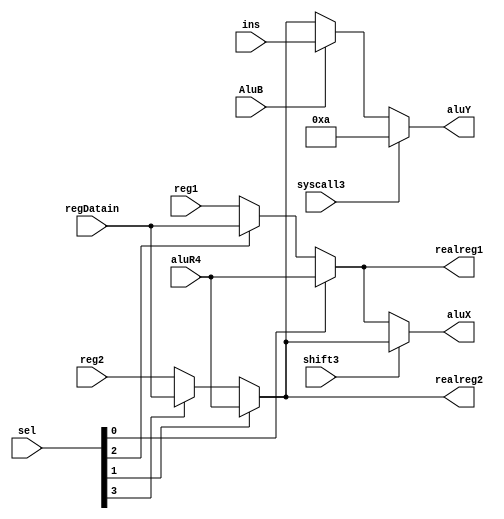
module RegFiletoALU(
   reg1,reg2,ins,syscall3,shift3,AluB,sel,
   regDatain,aluR4,
   aluX,aluY,realreg1,realreg2
   );
   //sel array????
   input [31:0]reg1,reg2,ins,regDatain,aluR4;
   input syscall3,shift3,AluB;
   input [3:0]sel;
   output [31:0]aluX,aluY;
   output [31:0]realreg1,realreg2;
   wire [31:0]reg1_sel,reg2_sel;
   assign reg1_sel = sel[0] ? aluR4 :
      sel[2] ? regDatain : reg1;
   assign reg2_sel = sel[1] ? aluR4 :
      sel[3] ? regDatain : reg2;
   assign aluX = shift3 ? reg2_sel : reg1_sel;
   assign aluY = syscall3 ? 32'h0000000a : 
      AluB ? ins : reg2_sel;
   assign realreg1 = reg1_sel;
   assign realreg2 = reg2_sel;
endmodule